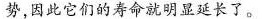
势，因此它们的寿命就明显延长了。